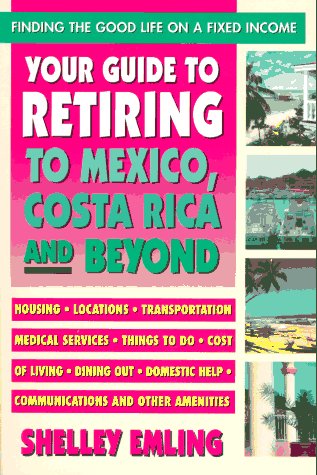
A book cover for Your Guide to Retiring in Mexico; Shelley Emling; Travel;